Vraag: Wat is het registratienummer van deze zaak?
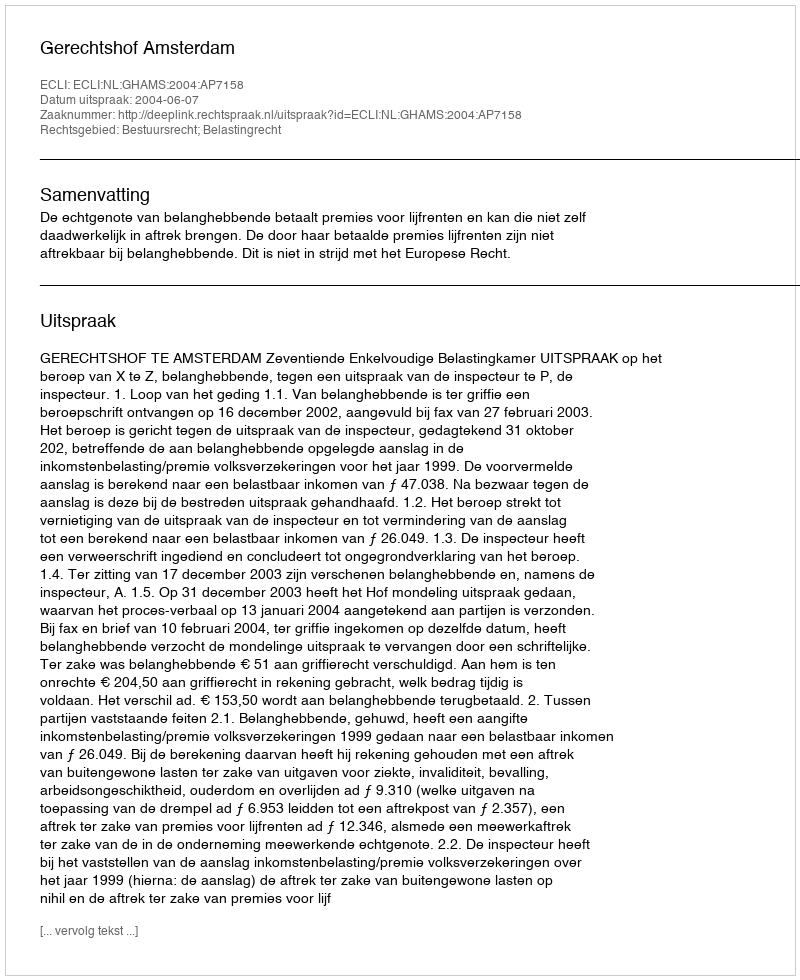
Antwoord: http://deeplink.rechtspraak.nl/uitspraak?id=ECLI:NL:GHAMS:2004:AP7158